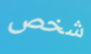
شخص